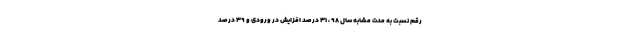
رقم نسبت به مدت مشابه سال ۹۸ ، ۳۱ درصد افزایش در ورودی و ۳۹ درصد